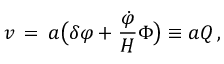
v \, = \, a \bigl ( \delta \varphi + { \frac { { \dot { \varphi } } } { H } } \Phi \bigr ) \equiv a Q \, ,